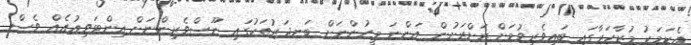
އެކަމަކު މުޒާހަރާގައި ބައިވެރިވުމަށް ރަށްރަށުން އަންނަ މީހުންނަށް ބަނދަރުތަކުގައި ނޫސްވެރިންނަށް އިންޓަވިއުއެއް ވެސް